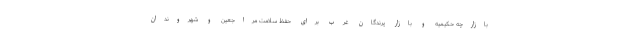
بازارچه حکیمیه و بازار پرندگان غرب برای حفظ سلامت مراجعین و شهروندان